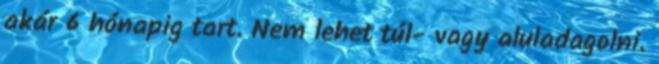
akár 6 hónapig tart. Nem lehet túl- vagy aluladagolni.